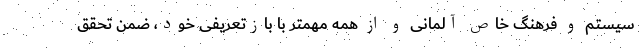
سیستم و فرهنگ خاص آلمانی و از همه مهمتر با بازتعریفی خود، ضمن تحقق